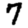
Digit: 7